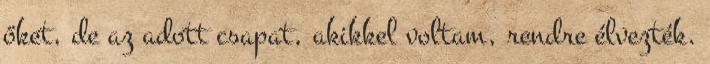
őket, de az adott csapat, akikkel voltam, rendre élvezték.